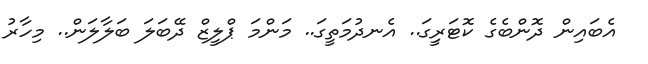
އެބައިން ދޮންބެގެ ކޮޓަރިީގަ.. އެނދުމަތީގަ.. މަންމަ ޕްލީޒް ދޭބަލަ ބަލާލަން.. މިހާރު